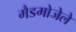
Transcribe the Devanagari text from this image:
मैडमोजेले